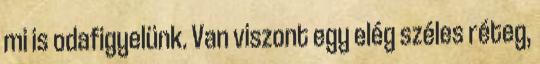
mi is odafigyelünk. Van viszont egy elég széles réteg,